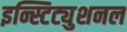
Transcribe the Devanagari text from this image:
इन्स्टिट्युशनल